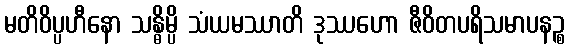
မတိဝိပ္ပဟီနော သန္ဓိမ္ပိ သံယမဿာတိ ဒုဿဟော ဇီဝိတပရိသမာပနဉ္စ